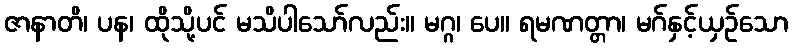
ဇာနာတိ၊ ပန၊ ထိုသို့ပင် မသိပါသော်လည်း။ မဂ္ဂ၊ ပေ။ ရမဏတ္တာ၊ မဂ်နှင့်ယှဉ်သော